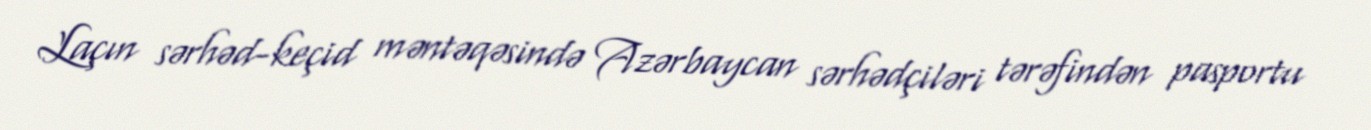
Laçın sərhəd-keçid məntəqəsində Azərbaycan sərhədçiləri tərəfindən pasportu